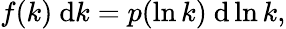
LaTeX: f(k)~\mathrm{d}k=p(\ln k)~\mathrm{d}\ln k,